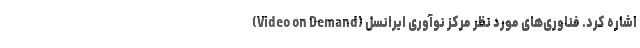
(Video on Demand) اشاره کرد. فناوری‌های مورد نظر مرکز نوآوری ایرانسل